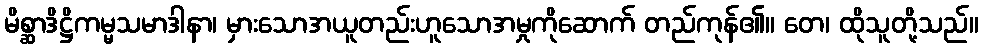
မိစ္ဆာဒိဋ္ဌိကမ္မသမာဒါနာ၊ မှားသောအယူတည်းဟူသောအမှုကိုဆောက် တည်ကုန်၏။ တေ၊ ထိုသူတို့သည်။